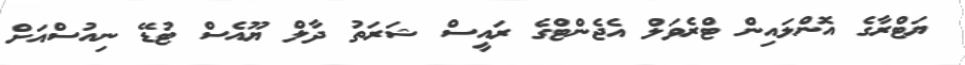
ޔަޓްރާގެ އޮންލައިން ޓްރެވަލް އެޖެންޓްގެ ރައީސް ޝަރަތު ދާލް ޔޫއެސް ޓުޑޭ ނިއުސްއަށް